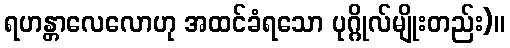
ရဟန္တာလေလောဟု အထင်ခံရသော ပုဂ္ဂိုလ်မျိုးတည်း)။